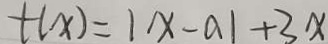
t ( x ) = 1 x - a 1 + 3 x